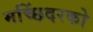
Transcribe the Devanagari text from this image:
मच्छिंदरको